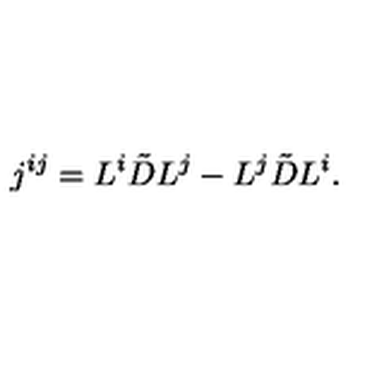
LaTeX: j ^ { i j } = L ^ { i } \tilde { D } L ^ { j } - L ^ { j } \tilde { D } L ^ { i } .